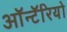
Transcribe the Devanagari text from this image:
ऑन्टॅरियो